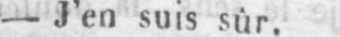
- J’en suis sûr.